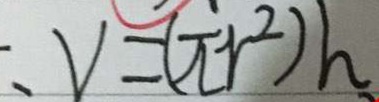
: V = ( \pi r ^ { 2 } ) h